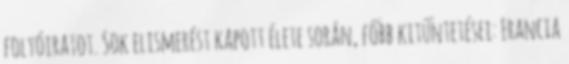
folyóiratot. Sok elismerést kapott élete során, főbb kitűntetései: Francia